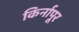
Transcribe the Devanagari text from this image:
किर्नापूर